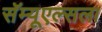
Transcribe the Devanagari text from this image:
सॅम्यूएल्सला